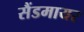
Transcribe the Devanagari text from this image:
सैंडमायर